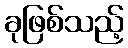
ခုဖြစ်သည့်